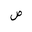
Letter: _sad